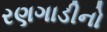
રણગાડીનો